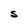
Character: S